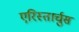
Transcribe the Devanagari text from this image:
एरिस्तार्चुस